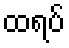
ထရပ်